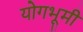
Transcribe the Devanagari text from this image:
योगभूमी